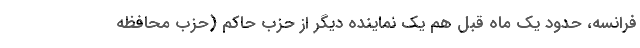
فرانسه، حدود یک ماه قبل هم یک نماینده دیگر از حزب حاکم (حزب محافظه